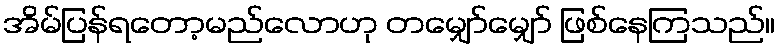
အိမ်ပြန်ရတော့မည်လောဟု တမျှော်မျှော် ဖြစ်နေကြသည်။